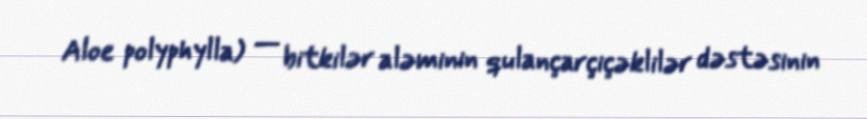
Aloe polyphylla) — bitkilər aləminin qulançarçiçəklilər dəstəsinin